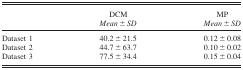
|  | DCM | MP |
 |  | Mean ± SD | Mean ± SD |
 | --- | --- | --- |
 | Dataset 1 | 40.2 ± 21.5 | 0.12 ± 0.08 |
 | Dataset 2 | 44.7 ± 63.7 | 0.10 ± 0.02 |
 | Dataset 3 | 77.5 ± 34.4 | 0.15 ± 0.04 |